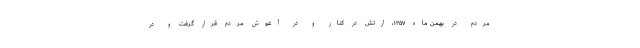
مردم در بهمن ماه ۱۳۵۷، ارتش در کنار و در آغوش مردم قرار گرفت و در